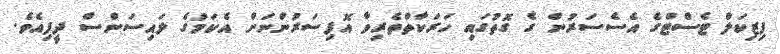
ފިޒިކަލް ޓެސްޓްގެ އެސެސަރުން ގެ ގޮތުގައި ހަރަކާތްތެރިވާ އޮފިސަރުންނަށް އެކަމުގެ ލައިސަންސް ދީފިއެވެ.